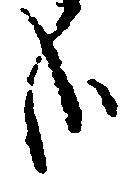
哉